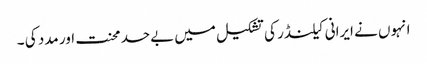
انہوں نے ایرانی کیلنڈر کی تشکیل میں بےحد محنت اور مدد کی ۔